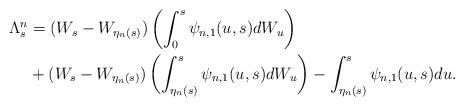
LaTeX: \begin{align*} \Lambda^n_s& = (W_s-W_{\eta_n(s)}) \left( \int_0^s \psi_{n,1}(u,s) dW_u \right) \\ & +(W_s-W_{\eta_n(s)}) \left( \int_{\eta_n(s)}^s \psi_{n,1}(u,s) dW_u \right) -\int_{\eta_n(s)}^s \psi_{n ,1}(u,s) du. \end{align*}